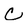
Character: C